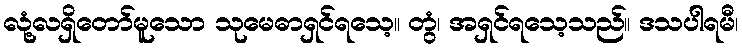
လုံ့လရှိတော်မူသော သုမေဓာရှင်ရသေ့။ တွံ၊ အရှင်ရသေ့သည်။ ဒသပါရမီ၊